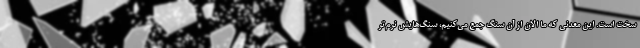
سخت است. این معدنی که ما الان از آن سنگ جمع می‌کنیم، سنگ‌هایش نرم‌تر